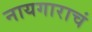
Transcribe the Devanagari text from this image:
नायगाराचं